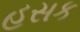
હસક